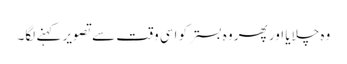
وہ چلایا اور پھر وہ بستر کو اسی وقت سے تصویر کہنے لگا۔